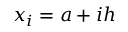
x _ { i } = a + i h